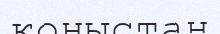
қоныстан